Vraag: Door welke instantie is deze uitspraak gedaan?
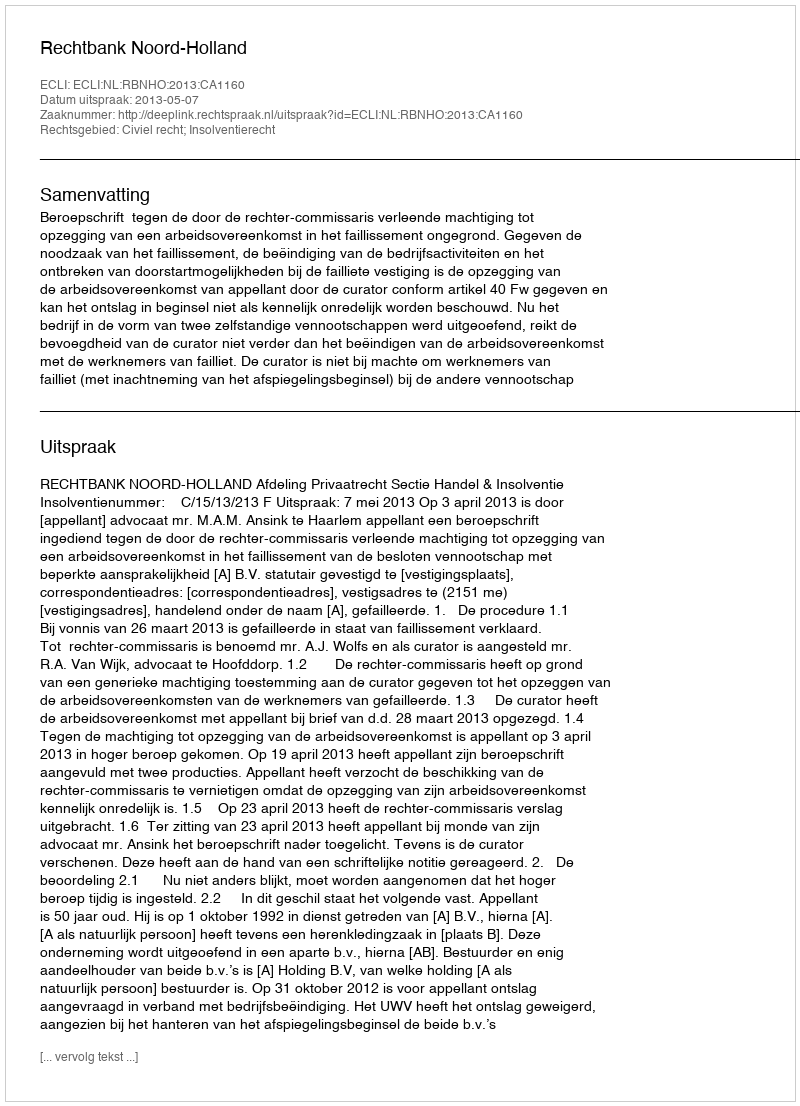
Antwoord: Rechtbank Noord-Holland